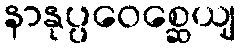
နာနုပ္ပဝေစ္ဆေယျ